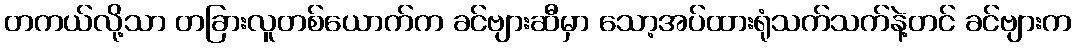
တကယ်လို့သာ တခြားလူတစ်ယောက်က ခင်ဗျားဆီမှာ သော့အပ်ထားရုံသက်သက်နဲ့တင် ခင်ဗျားက